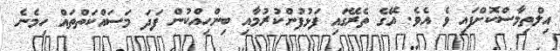
އިލްތިމާސްކޮށްފައި ވެ އެވެ. އޭގެ ތެރޭގައި ފަޅުފުންކުރުމާއި ބިންހިއްކުން ފަދަ މަސައްކަތްތައް ހިމެނެ